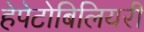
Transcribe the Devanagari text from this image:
हेपेटोबिलियरी